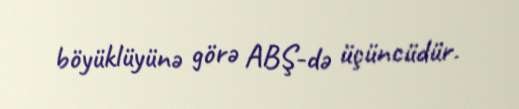
böyüklüyünə görə ABŞ-də üçüncüdür.